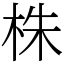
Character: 株